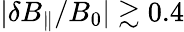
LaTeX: |\delta B_{\parallel}/B_{0}|\gtrsim 0.4